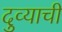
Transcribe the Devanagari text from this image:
दुव्याची